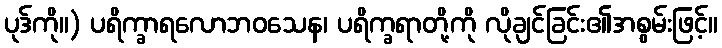
ပုဒ်ကို။) ပရိက္ခာရလောဘဝသေန၊ ပရိက္ခရာတို့ကို လိုချင်ခြင်း၏အစွမ်းဖြင့်။